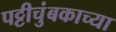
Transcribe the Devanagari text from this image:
पट्टीचुंबकाच्या